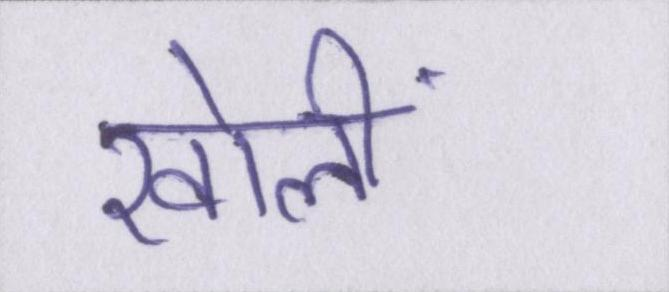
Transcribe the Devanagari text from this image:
खोलीं